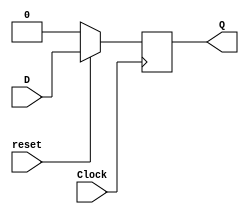
module dFlipFlop(D,Clock,reset,Q);
	input D,reset,Clock;
	output reg Q;
	always@(posedge Clock)
	begin
		if(!reset)
			Q <= 0;
		else
			Q <= D;
	end
endmodule

module q2(Clock,reset,Q);
	input Clock,reset;
	output [4:0]Q;
	dFlipFlop stage0(~Q[0],Clock,reset,Q[4]);
	dFlipFlop stage1(Q[4],Clock,reset,Q[3]);
	dFlipFlop stage2(Q[3],Clock,reset,Q[2]);
	dFlipFlop stage3(Q[2],Clock,reset,Q[1]);
	dFlipFlop stage4(Q[1],Clock,reset,Q[0]);
endmodule